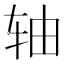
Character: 轴